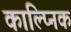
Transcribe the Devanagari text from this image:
काल्प्निक